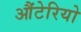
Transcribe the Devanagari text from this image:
औंटेरियो